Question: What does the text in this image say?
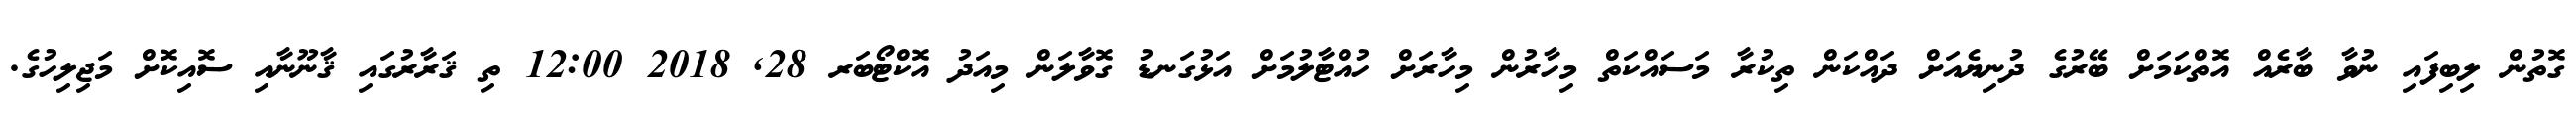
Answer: ގޮތުން ލިބިފައި ނުވާ ބާރެއް އޮތްކަމަށް ބޭރުގެ ދުނިޔެއަށް ދައްކަން ތިކުރާ މަސައްކަތް މިހާރުން މިހާރަށް ހުއްޓާލުމަށް އަޅުގަނޑު ގޮވާލަން މިއަދު އޮކްޓޯބަރ 28, 2018 12:00 ތި ޤަރާރުގައި ޤާނޫނާއި ސޮއިކޮށް މަޖިލިހުގެ.